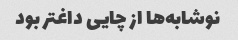
نوشابه‌ها از چایی داغتر بود